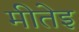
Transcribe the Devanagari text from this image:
मीतेइ